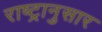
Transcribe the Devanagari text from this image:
राष्ट्रानुसार